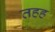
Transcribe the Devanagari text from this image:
तहह